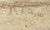
سكيتر